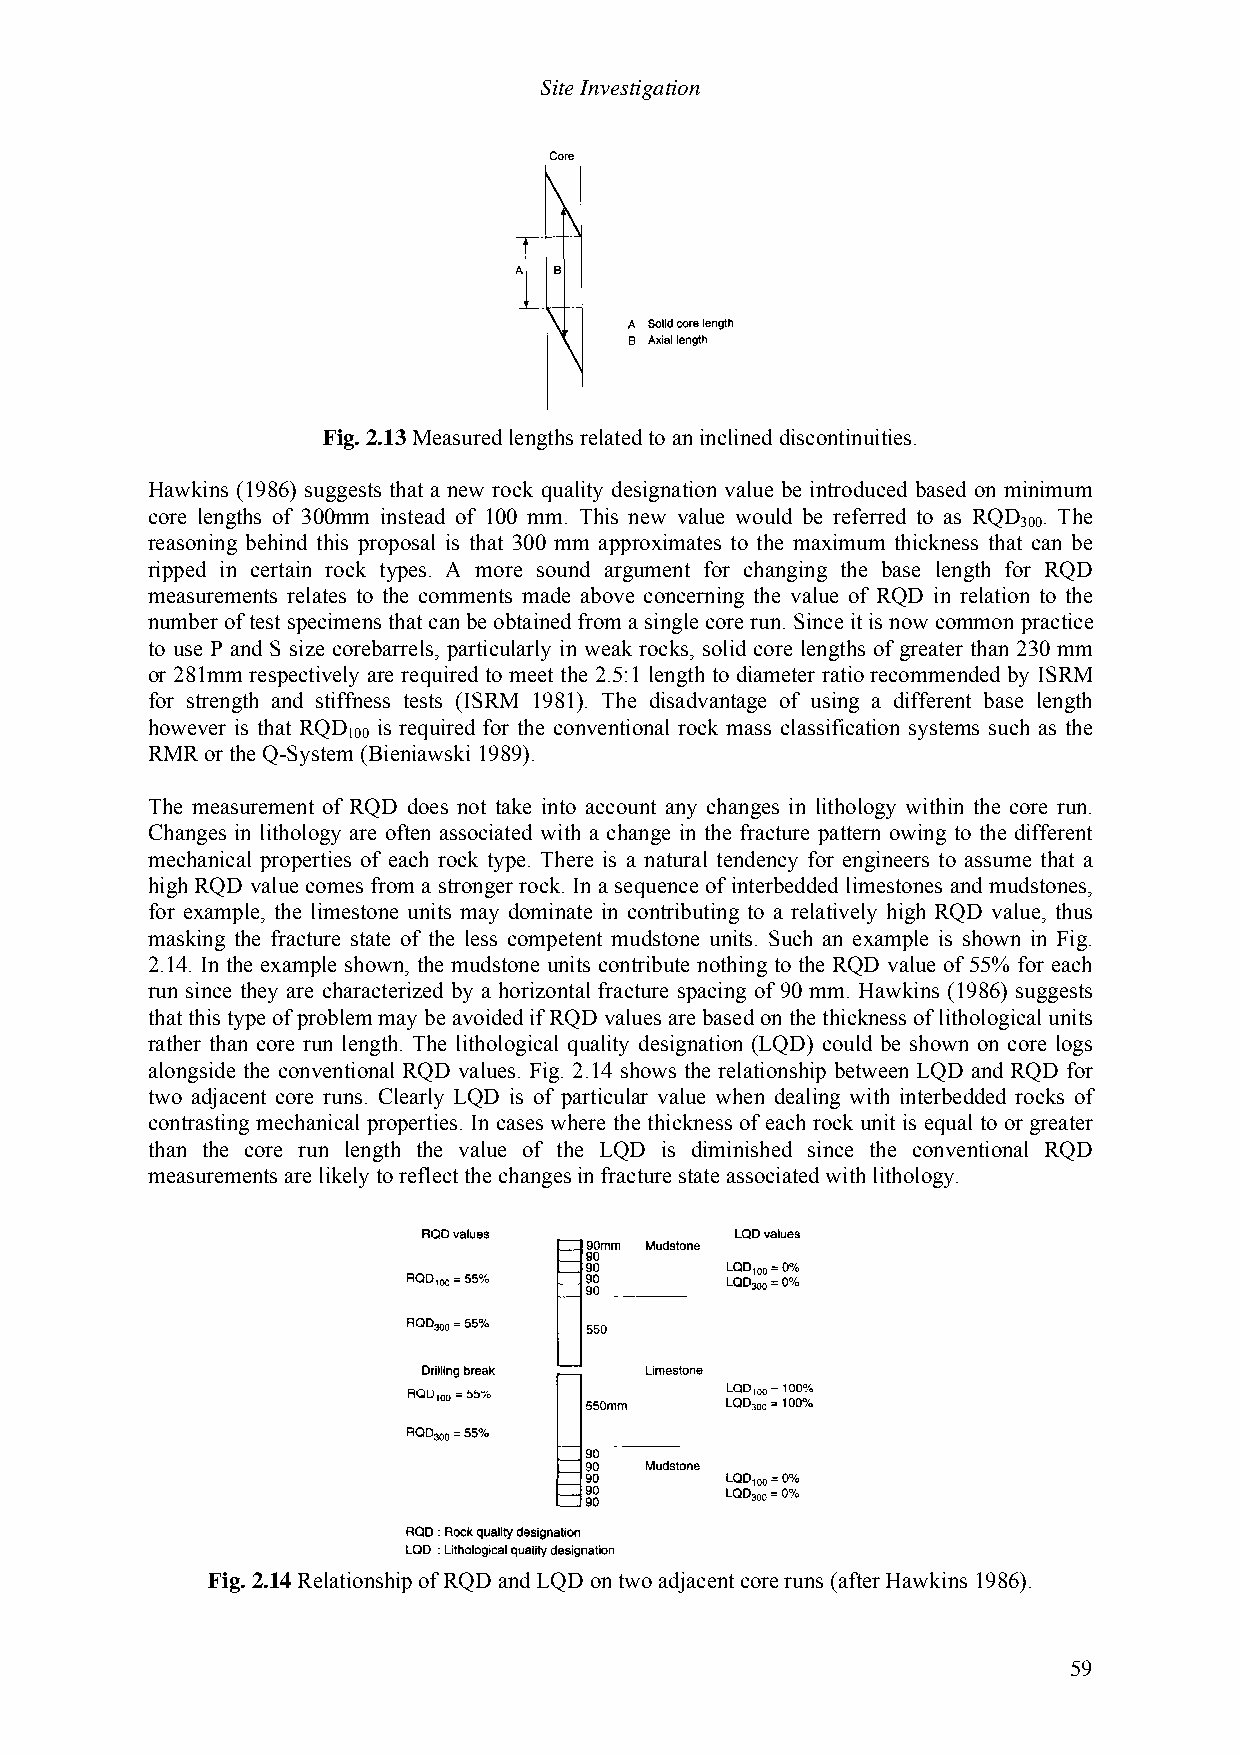
Site Investigation
 Fig. 2.13 Measured lengths related to an inclined discontinuities.
 Hawkins (1986) suggests that a new rock quality designation value be introduced based on minimum
 core lengths of 300mm instead of 100 mm. This new value would be referred to as RQD . The
 300
 reasoning behind this proposal is that 300 mm approximates to the maximum thickness that can be
 ripped in certain rock types. A more sound argument for changing the base length for RQD
 measurements relates to the comments made above concerning the value of RQD in relation to the
 number of test specimens that can be obtained from a single core run. Since it is now common practice
 to use P and S size corebarrels, particularly in weak rocks, solid core lengths of greater than 230 mm
 or 281mm respectively are required to meet the 2.5:1 length to diameter ratio recommended by ISRM
 for strength and stiffness tests (ISRM 1981). The disadvantage of using a different base length
 however is that RQD is required for the conventional rock mass classification systems such as the
 100
 RMR or the Q-System (Bieniawski 1989).
 The measurement of RQD does not take into account any changes in lithology within the core run.
 Changes in lithology are often associated with a change in the fracture pattern owing to the different
 mechanical properties of each rock type. There is a natural tendency for engineers to assume that a
 high RQD value comes from a stronger rock. In a sequence of interbedded limestones and mudstones,
 for example, the limestone units may dominate in contributing to a relatively high RQD value, thus
 masking the fracture state of the less competent mudstone units. Such an example is shown in Fig.
 2.14. In the example shown, the mudstone units contribute nothing to the RQD value of 55% for each
 run since they are characterized by a horizontal fracture spacing of 90 mm. Hawkins (1986) suggests
 that this type of problem may be avoided if RQD values are based on the thickness of lithological units
 rather than core run length. The lithological quality designation (LQD) could be shown on core logs
 alongside the conventional RQD values. Fig. 2.14 shows the relationship between LQD and RQD for
 two adjacent core runs. Clearly LQD is of particular value when dealing with interbedded rocks of
 contrasting mechanical properties. In cases where the thickness of each rock unit is equal to or greater
 than the core run length the value of the LQD is diminished since the conventional RQD
 measurements are likely to reflect the changes in fracture state associated with lithology.
 Fig. 2.14 Relationship of RQD and LQD on two adjacent core runs (after Hawkins 1986).
 59